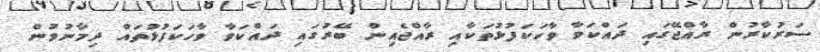
ސަރުކާރުން ރާއްޖޭގައި ދައްކަވާ ވާހަކަފުޅުތަކާއި ރާއްޖެއިން ބޭރުގައި ދައްކަވާ ވާހަކަފުޅުތައް ދިމާނުވުން